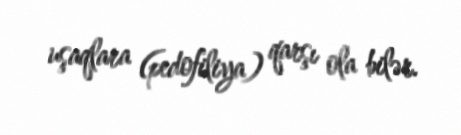
uşaqlara (pedofiliya) qarşı ola bilər.